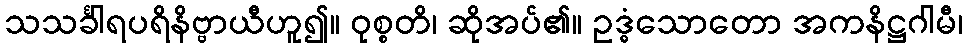
သသင်္ခါရပရိနိဗ္ဗာယီဟူ၍။ ဝုစ္စတိ၊ ဆိုအပ်၏။ ဥဒ္ဓံသောတော အကနိဋ္ဌဂါမီ၊